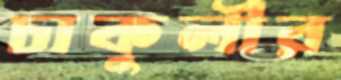
চাকুলীর